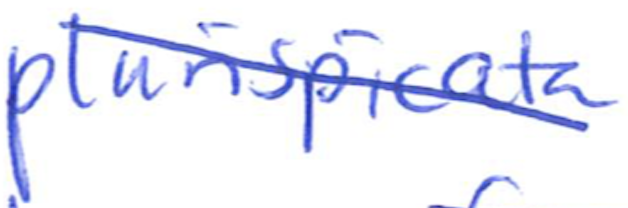
Text: plurispicata
Cross-out: diagonal
Writing tool: ballpoint